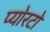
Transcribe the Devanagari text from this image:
प्योरटो